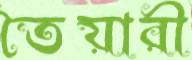
তৈয়ারী